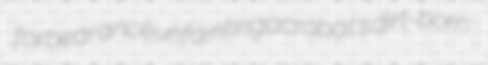
forbearance unfainting acrobat's dirt-born